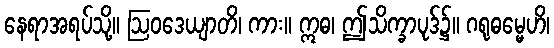
နေရာအရပ်သို့။ ဩဝဒေယျာတိ၊ ကား။ ဣဓ၊ ဤသိက္ခာပုဒ်၌။ ဂရုဓမ္မေဟိ၊